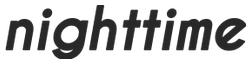
nighttime